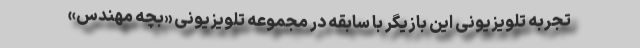
تجربه تلویزیونی این بازیگر با سابقه در مجموعه تلویزیونی «بچه مهندس»